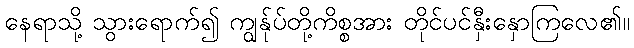
နေရာသို့ သွားရောက်၍ ကျွန်ုပ်တို့ကိစ္စအား တိုင်ပင်နှီးနှောကြလေ၏။